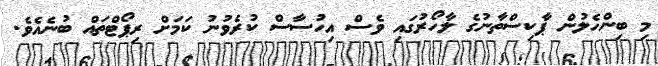
މި ބިންހެލުން ޕާކިސްތާނުގެ ލާހޯރުގައި ވެސް އިހުސާސް ކުރެވުނު ކަމަށް ރިޕޯޓްތައް ބުނެއެވެ.